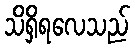
သိရှိရလေသည်